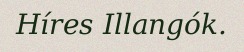
Híres Illangók.